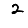
Digit: 2